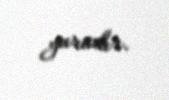
yaradır.